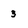
Character: 3